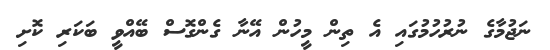
ނަޖުމާގެ ނުރުހުމުގައި އެ ތިން މީހުން އޭނާ ގެންގޮސް ބޭއްވީ ބަކަރި ކޮށި